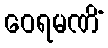
ဝေရမဏိံ